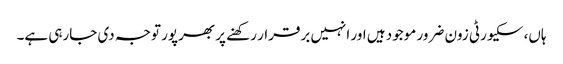
ہاں، سکیورٹی زون ضرور موجود ہیں اور انہیں برقرار رکھنے پر بھرپور توجہ دی جارہی ہے۔